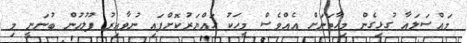
މައްސަލައާ ގުޅިގެން މިހާތަނަށް އެއްވެސް މީހަކު ހައްޔަރުކޮށްފައި ނުވާއިރު ފުލުހުން ބުނަނީ މި